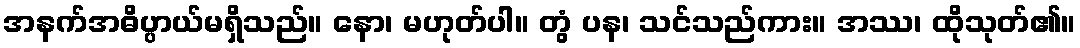
အနက်အဓိပ္ပာယ်မရှိသည်။ နော၊ မဟုတ်ပါ။ တွံ ပန၊ သင်သည်ကား။ အဿ၊ ထိုသုတ်၏။